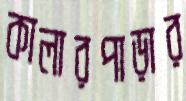
কালারপাড়ার